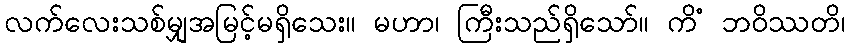
လက်လေးသစ်မျှအမြင့်မရှိသေး။ မဟာ၊ ကြီးသည်ရှိသော်။ ကိံ ဘဝိဿတိ၊